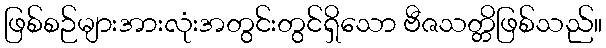
ဖြစ်စဉ်များအားလုံးအတွင်းတွင်ရှိသော ဗီဇသတ္တိဖြစ်သည်။